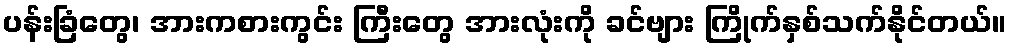
ပန်းခြံတွေ၊ အားကစားကွင်း ကြီးတွေ အားလုံးကို ခင်ဗျား ကြိုက်နှစ်သက်နိုင်တယ်။